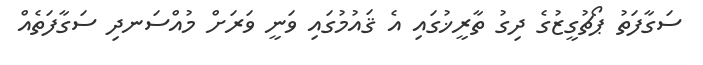
ސަގާފަތު ޕޯޗުގީޒުގެ ދިގު ތާރީޚުގައި އެ ޤައުމުގައި ވަނީ ވަރަށް މުއްސަނދި ސަގާފަތެއް